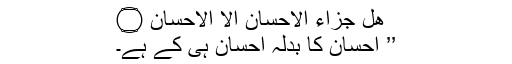
هَلْ جَزَاۗءُ الْاِحْسَانِ اِلَّا الْاِحْسَانُ ۝
’’ احسان کا بدلہ احسان ہی کے ہے۔